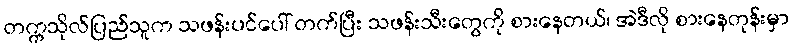
တက္ကသိုလ်ပြည်သူက သဖန်းပင်ပေါ် တက်ပြီး သဖန်းသီးတွေကို စားနေတယ်၊ အဲဒီလို စားနေတုန်းမှာ